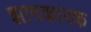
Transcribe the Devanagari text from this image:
झागकारक